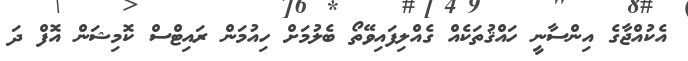
އެކުއްޖާގެ އިންސާނީ ހައްޤުތަކެއް ގެއްލިފައިވޭތޯ ބެލުމަށް ހިއުމަން ރައިޓްސް ކޮމިޝަން އޮފް ދަ